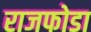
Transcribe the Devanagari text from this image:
राजफोडा